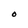
Character: O